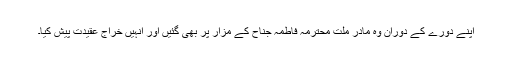
اپنے دورے کے دوران وہ مادر ملت محترمہ فاطمہ جناح کے مزار پر بھی گئیں اور انہیں خراج عقیدت پیش کیا۔